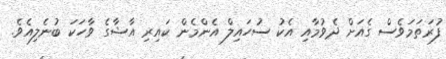
ފުރަތަމަވެސް ގެއަށް ދެވުމާއި އެކު ސުހައިލް އެންމެން ކައިރި އާޝާގެ ވާހަކަ ބުނެލިއެވެ.